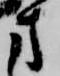
方